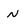
Character: n